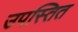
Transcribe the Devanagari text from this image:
उपस्तित